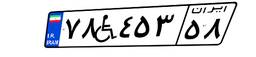
۸۸W۱۶۴۶۱